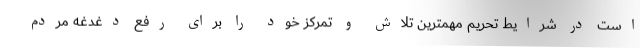
است در شرایط تحریم مهمترین تلاش و تمرکز خود را برای رفع دغدغه مردم